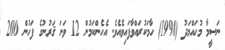
ނަސީމާ މުހައްމަދު (1998) ހާމަކުރައްވާފައިވެއެވެ. އެހެންކަމުން 12 ވަނަ ޤަރުނުގެ ފަހުން 200